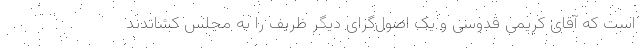
است که آقای کریمی قدوسی و یک اصول‌گرای دیگر ظریف را به مجلس کشاندند